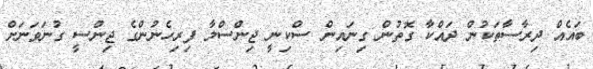
ބައެއް ދިރާސާތަކުން ދައްކާ ގޮތުން ގިނައިން ސްކިނީ ޖިންސްލާ ފިރިހެނުންގެ ޖިންސީ ގުނަވަނަށް